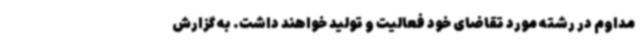
مداوم در رشته مورد تقاضای خود فعالیت و تولید خواهند داشت. به گزارش